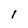
Character: 1